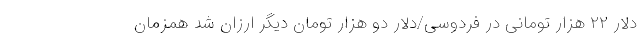
دلار ۲۲ هزار تومانی در فردوسی/دلار دو هزار تومان دیگر ارزان شد همزمان